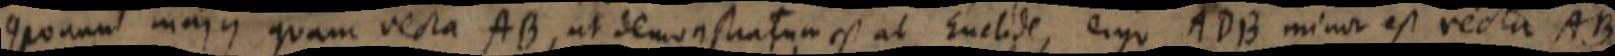
componum majus quam recta AB, ut demonstratum est ab Euclide, ergo ADB minor est recta AB